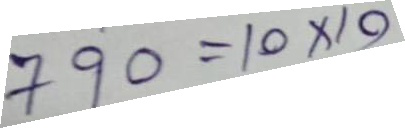
790 = 10 x 10